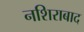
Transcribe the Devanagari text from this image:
नशिराबाद